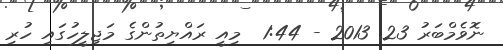
ނޮވެމްބަރު 23